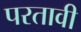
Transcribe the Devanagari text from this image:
परतावी